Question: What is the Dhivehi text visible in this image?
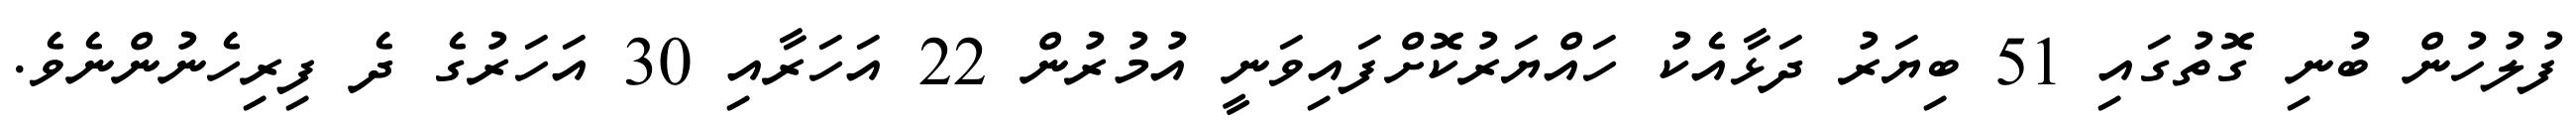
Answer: ފުލުހުން ބުނި ގޮތުގައި 51 ބިޔަރު ދަޅާއެކު ހައްޔަރުކޮށްފައިވަނީ އުމުރުން 22 އަހަރާއި 30 އަހަރުގެ ދެ ފިރިހެނުންނެވެ.